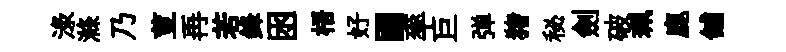
渌滌乃荳再若鋒囦梧好圃率巨弹猪秘劍破珮鹿舖